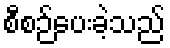
စီစဉ်ပေးခဲ့သည်